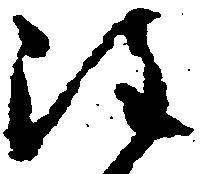
注